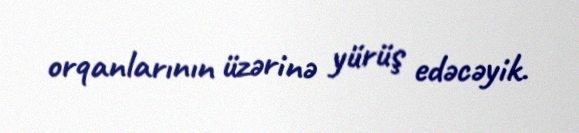
orqanlarının üzərinə yürüş edəcəyik.